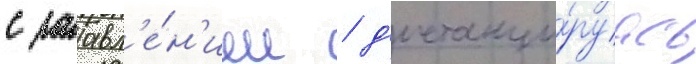
с заавл'е́н'ием / д'истанци́руась